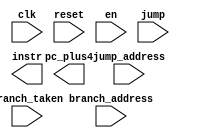
`timescale 1ns / 1ps


module IF_pipe_stage(
    input clk, reset,
    input en,
    input [9:0] branch_address,
    input [9:0] jump_address,
    input branch_taken,
    input jump,
    output [9:0] pc_plus4,
    output [31:0] instr
    );
    
// write your code here
           
endmodule